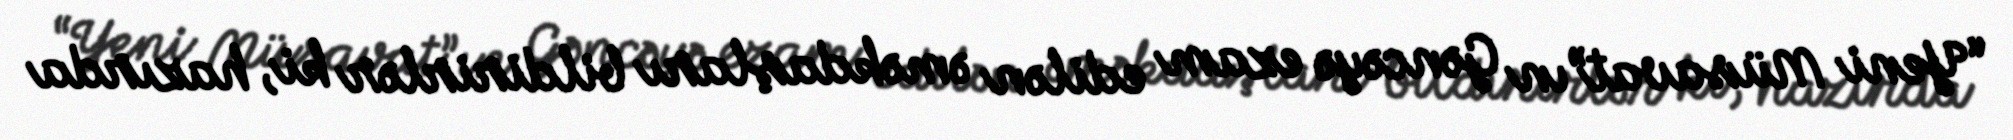
“Yeni Müsavat”ın Gəncəyə ezam edilən əməkdaşları bildirirlər ki, hazırda